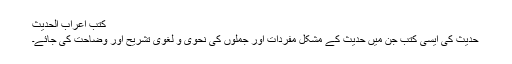
کتب اعراب الحدیث
حدیث کی ایسی کتب جن میں حدیث کے مشکل مفردات اور جملوں کی نحوی و لغوی تشریح اور وضاحت کی جائے۔